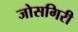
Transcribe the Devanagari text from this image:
जोसगिरी